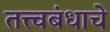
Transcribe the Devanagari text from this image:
तत्त्वबंधाचे